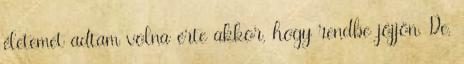
életemet adtam volna érte akkor, hogy rendbe jöjjön. De,